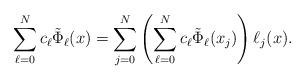
LaTeX: \begin{align*}\sum_{\ell=0}^Nc_{\ell}\tilde{\Phi}_{\ell}(x)=\sum_{j=0}^N\left(\sum_{\ell=0}^Nc_{\ell}\tilde{\Phi}_{\ell}(x_j)\right)\ell_j(x).\end{align*}